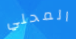
المحلي